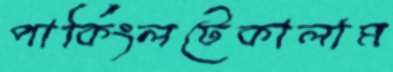
পার্কিংলটেকালাম